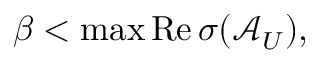
\beta < \operatorname* { m a x } \mathrm { R e } \, \sigma ( \mathcal { A } _ { U } ) ,